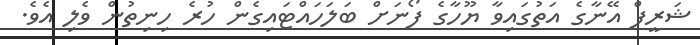
ޝަރީފް އޭނާގެ އަތުގައިވާ ޔޫހާގެ ފޯނަށް ބަލަހައްޓައިގެން ހުރެ ހިނިތުން ވެލި އެވެ.